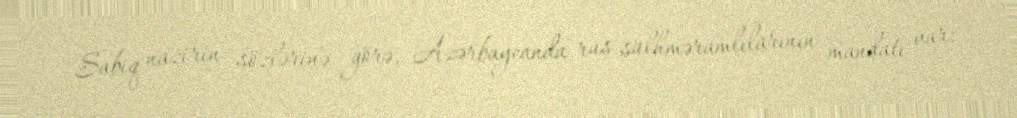
Sabiq nazirin sözlərinə görə, Azərbaycanda rus sülhməramlılarının mandatı var: